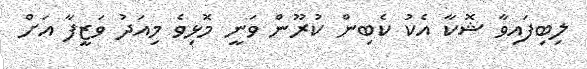
ލިބިފައިވާ ޝޮކާ އެކު ކެބިން ކުރޫން ވަނީ މޮޅިވެ މިއަދު ވަޒީފާ އަށް